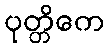
ပုတ္တိကေ